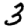
Digit: 3